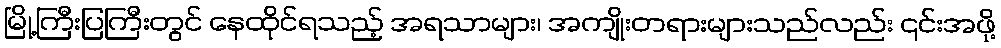
မြို့ကြီးပြကြီးတွင် နေထိုင်ရသည့် အရသာများ၊ အကျိုးတရားများသည်လည်း ၎င်းအဖို့